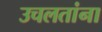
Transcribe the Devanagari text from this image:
उचलतांना